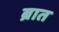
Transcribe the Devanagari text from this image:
ब्रात